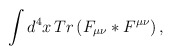
\begin{align*}\int d^{4}x\,Tr\left( F_{\mu\nu}\ast F^{\mu\nu}\right) ,\end{align*}